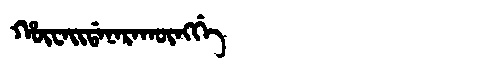
Manchu: ᡥᡡᠸᠠᡳᡩᠠᠨᠠᡵᠠᡴᡡᠩᡤᡝ
Romanization: HŪWAIDANARAKŪNGGE